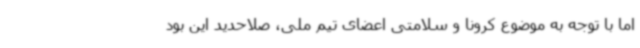
اما با توجه به موضوع کرونا و سلامتی اعضای تیم ملی، صلاحدید این بود